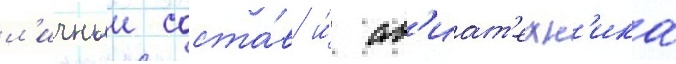
л'ичныи соста́в и́ ав'иат'ехн'ика